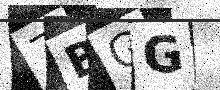
Text: 7BGG